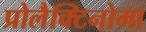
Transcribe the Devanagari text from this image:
प्रोलैक्टिनोमा